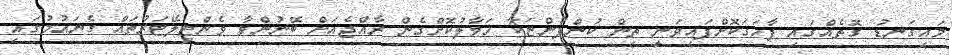
މައިގަނޑު ގޮތެއްގައި ފާހަގަކޮށްފައިވަނީ ތިން ކުންފުންޏަކާ ހަވާލުކޮށްގެން ރާއްޖެއަށް ބޭނުންވާ ވެންޓިލޭޓަރުތައް ގެނައުމުގައި